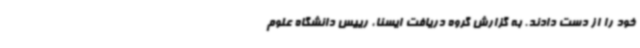
خود را از دست دادند. به گزارش گروه دریافت ایسنا، رییس دانشگاه علوم